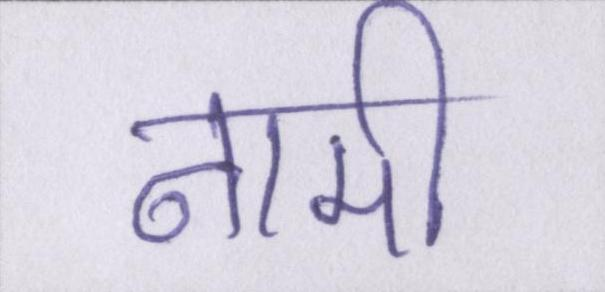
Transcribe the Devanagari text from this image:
नामी